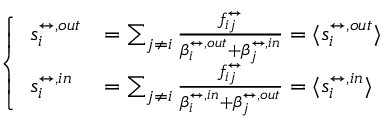
\left\{ \begin{array} { l l } { s _ { i } ^ { \leftrightarrow , o u t } } & { = \sum _ { j \neq i } \frac { f _ { i j } ^ { \leftrightarrow } } { \beta _ { i } ^ { \leftrightarrow , o u t } + \beta _ { j } ^ { \leftrightarrow , i n } } = \langle s _ { i } ^ { \leftrightarrow , o u t } \rangle } \\ { s _ { i } ^ { \leftrightarrow , i n } } & { = \sum _ { j \neq i } \frac { f _ { i j } ^ { \leftrightarrow } } { \beta _ { i } ^ { \leftrightarrow , i n } + \beta _ { j } ^ { \leftrightarrow , o u t } } = \langle s _ { i } ^ { \leftrightarrow , i n } \rangle } \end{array} \right.